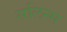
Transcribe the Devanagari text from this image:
सलिन्स